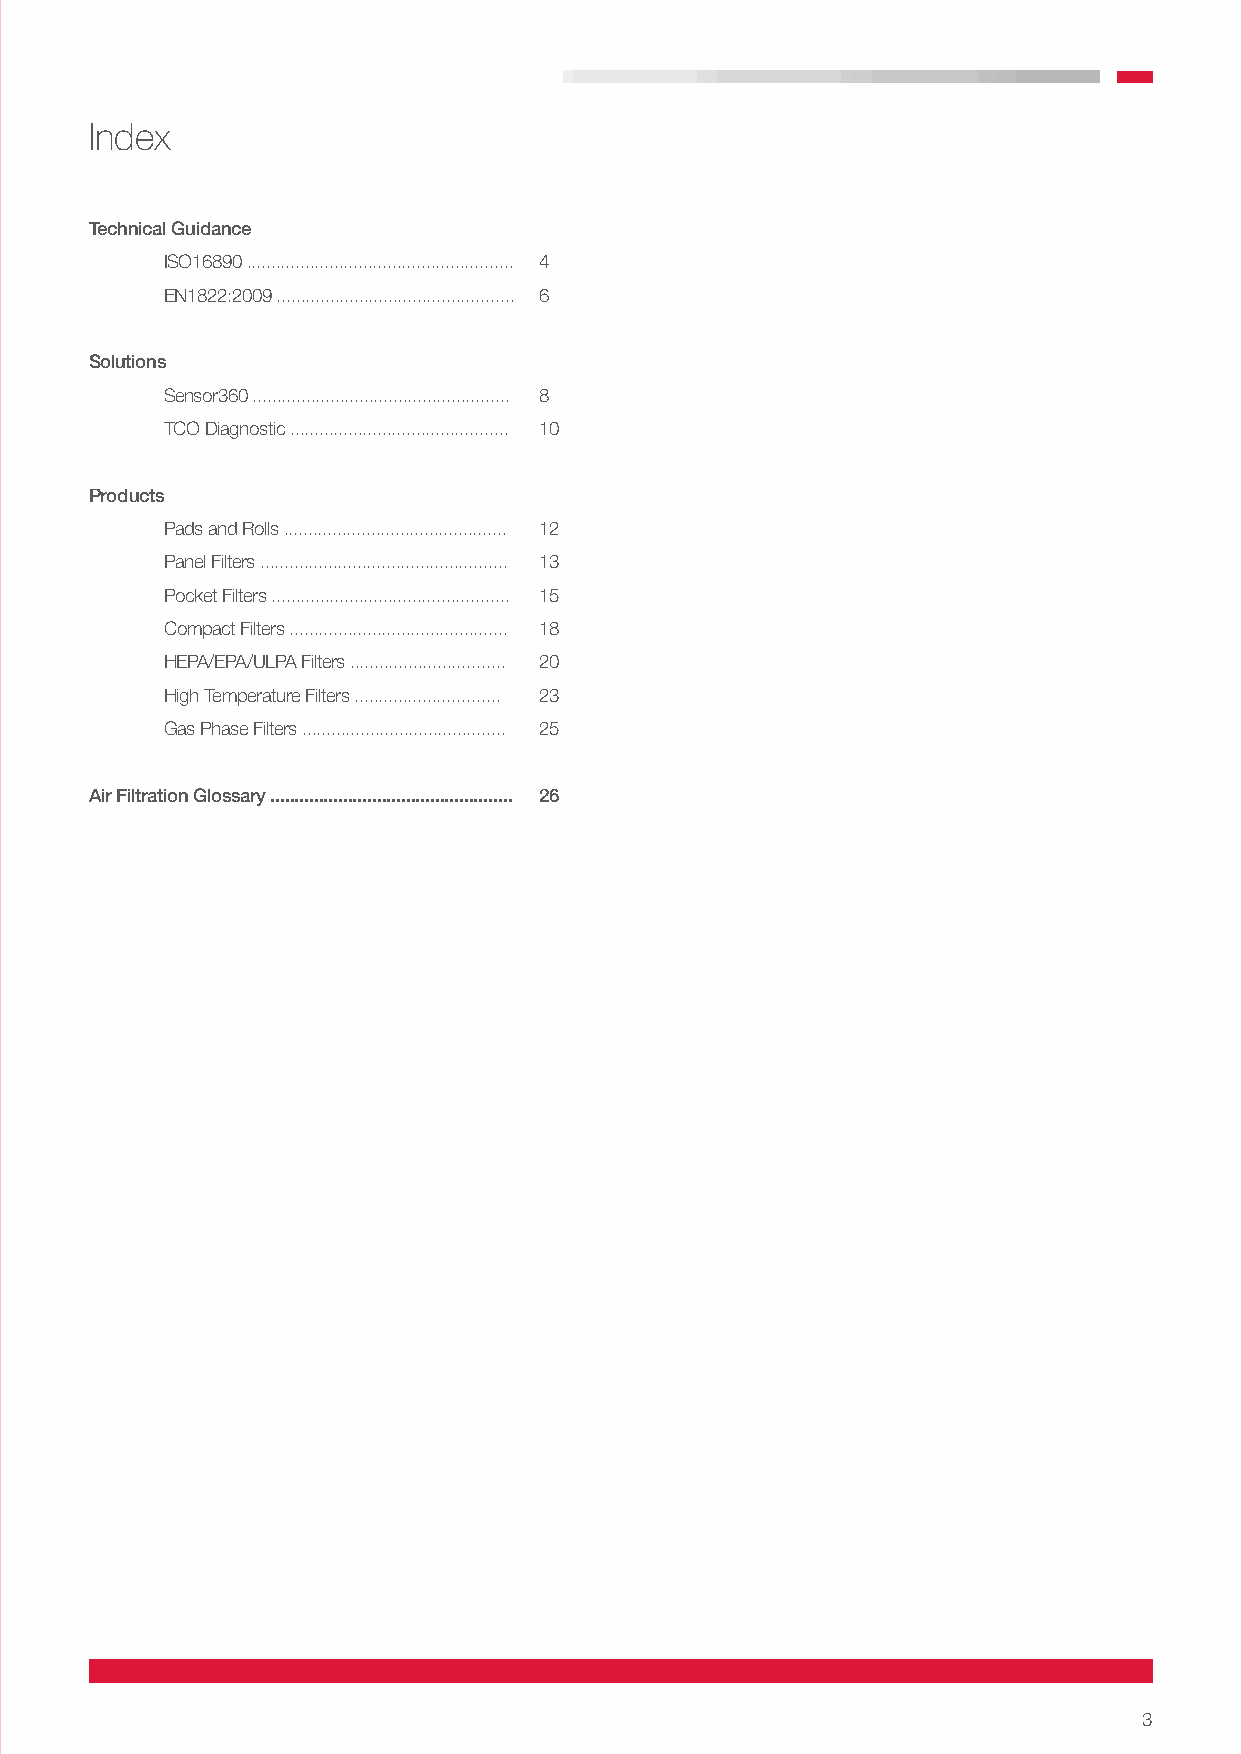
Index
 Technical Guidance
 ISO16890 ....................................................... 4
 EN1822:2009 ................................................. 6
 Solutions
 Sensor360 ..................................................... 8
 TCO Diagnostic ............................................. 10
 Products
 Pads and Rolls .............................................. 12
 Panel Filters ................................................... 13
 Pocket Filters ................................................. 15
 Compact Filters ............................................. 18
 HEPA/EPA/ULPA Filters ................................ 20
 High Temperature Filters .............................. 23
 Gas Phase Filters .......................................... 25
 Air Filtration Glossary .................................................. 26
 3